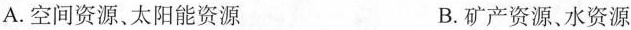
A.空间资源、太阳能资源 B.矿产资源、水资源